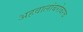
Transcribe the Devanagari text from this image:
अहवालांबरोबरच